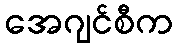
အေဂျင်စီက